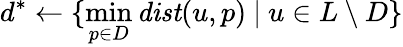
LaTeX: d^{*}\gets\{ \operatorname*{min}_{p\in D}{\mathit{dist}(u,p)}\ |\ u\in L\setminus D\}